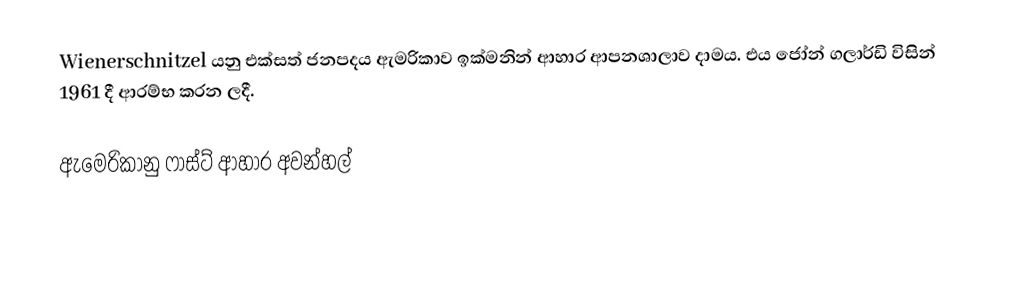
Wienerschnitzel යනු එක්සත් ජනපදය ඇමරිකාව ඉක්මනින් ආහාර ආපනශාලාව දාමය. එය ජෝන් ගලාර්ඩි විසින් 1961 දී ආරම්භ කරන ලදී.

 ඇමෙරිකානු ෆාස්ට් ආහාර අවන්හල්